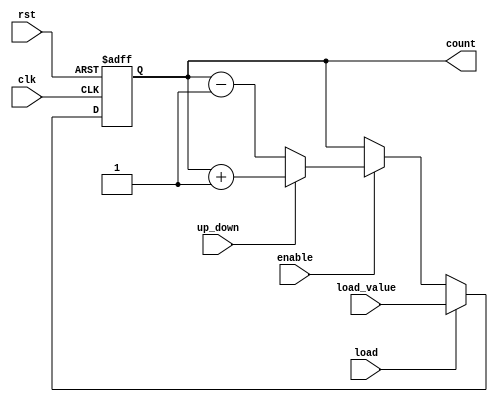
module SynchronousCounter (
    input wire clk,            // Clock input
    input wire rst,            // Asynchronous reset
    input wire enable,         // Enable signal
    input wire up_down,        // Count direction (1 for up, 0 for down)
    input wire load,           // Load signal
    input wire [N-1:0] load_value, // Value to load into counter
    output reg [N-1:0] count   // Current count value
);

parameter N = 4; // Bit width of the counter (can be modified)

always @(posedge clk or posedge rst) begin
    if (rst) begin
        // Reset the counter to zero
        count <= 0;
    end else if (load) begin
        // Load the specified value into the counter
        count <= load_value;
    end else if (enable) begin
        // Count up or down based on control signal
        if (up_down) begin
            count <= count + 1; // Increment
        end else begin
            count <= count - 1; // Decrement
        end
    end
    // If enable is low, hold the current count value
end

endmodule